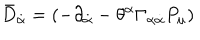
{ \bar { D } } _ { \dot { \alpha } } = \left( - \partial _ { \dot { \alpha } } - \theta ^ { \alpha } \Gamma _ { \alpha \dot { \alpha } } P _ { \mu } \right)